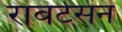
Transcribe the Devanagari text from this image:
राबर्टसन